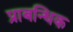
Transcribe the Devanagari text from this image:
प्राबन्धिक